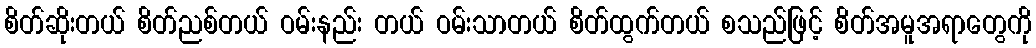
စိတ်ဆိုးတယ် စိတ်ညစ်တယ် ဝမ်းနည်း တယ် ဝမ်းသာတယ် စိတ်ထွက်တယ် စသည်ဖြင့် စိတ်အမူအရာတွေကို